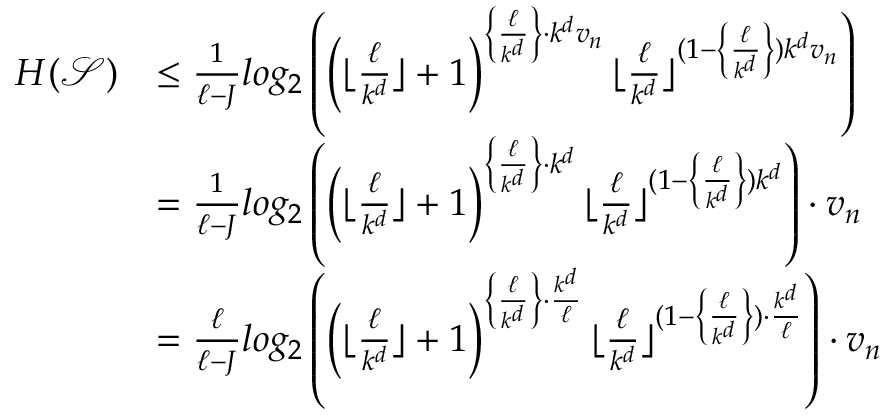
\begin{array} { r l } { H ( \mathcal { S } ) } & { \leq \frac { 1 } { \ell - J } l o g _ { 2 } \left( \left( \lfloor \frac { \ell } { k ^ { d } } \rfloor + 1 \right) ^ { \left\{ \frac { \ell } { k ^ { d } } \right\} \cdot k ^ { d } v _ { n } } \lfloor \frac { \ell } { k ^ { d } } \rfloor ^ { ( 1 - \left\{ \frac { \ell } { k ^ { d } } \right\} ) k ^ { d } v _ { n } } \right) } \\ & { = \frac { 1 } { \ell - J } l o g _ { 2 } \left( \left( \lfloor \frac { \ell } { k ^ { d } } \rfloor + 1 \right) ^ { \left\{ \frac { \ell } { k ^ { d } } \right\} \cdot k ^ { d } } \lfloor \frac { \ell } { k ^ { d } } \rfloor ^ { ( 1 - \left\{ \frac { \ell } { k ^ { d } } \right\} ) k ^ { d } } \right) \cdot v _ { n } } \\ & { = \frac { \ell } { \ell - J } l o g _ { 2 } \left( \left( \lfloor \frac { \ell } { k ^ { d } } \rfloor + 1 \right) ^ { \left\{ \frac { \ell } { k ^ { d } } \right\} \cdot \frac { k ^ { d } } { \ell } } \lfloor \frac { \ell } { k ^ { d } } \rfloor ^ { ( 1 - \left\{ \frac { \ell } { k ^ { d } } \right\} ) \cdot \frac { k ^ { d } } { \ell } } \right) \cdot v _ { n } } \end{array}